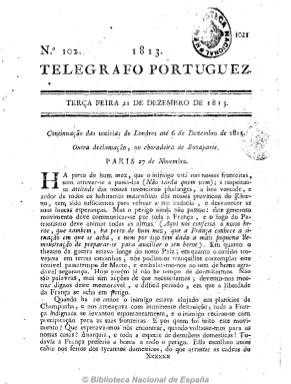
Título: Telegrafo portuguez
Otros títulos: Telegrafo portuguez ou Gazeta para depois de jantar || Telegrafo portuguez ou Gazeta anti-franceza || Telégrafo português ou Gazeta para depois de jantar
Colección: Gacetas
Ámbito geográfico: Portugal
Lugar de publicación: Lisboa
Fechas: 21/12/1813-21/12/1813

También conocido como O Telégrafo português, es un ejemplar del 21 de diciembre de 1813 de este periódico nacionalista muy crítico con la invasión napoleónica en Portugal, de ocho páginas e impreso en  la lisboeta Na Impressao Regia, con extractos de noticias políticas, algunas procedentes de periódicos españoles, especialmente de los acontecimientos concernientes a la guerra bonapartista. Había aparecido en 1808 y tras quedar interrumpido en 1810, reaparece el cuatro de enero de 1812, tras publicarse al final del año anterior un Prospecto que anunciaba su aparición con el título Telégrafo Portugués ou Gazeta anti-francesa, con periodicidad bisemanal. Publicaba también suplementos, de cuatro páginas, y sus contenidos fueron reproducidos por periódicos españoles e, incluso, existe un  extracto al mismo publicado en Sevilla en febrero de 1813. Probablemente, su editor y redactor es Theodoro José Biancardi.